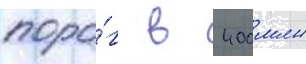
поро́г в 400 млн